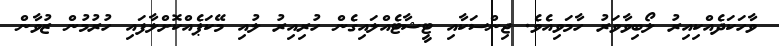
ވާހަކަދެއްކިއިރު ލޯބިވާވަރު ހާމަވިއެވެ. ޖިންސަކާއި ޓީޝާޓެއްލައިގެން ހުރިއިރު ލުއި މޭކަޕެއްކޮށްލާފައި ހުރުމުން ޒުވާން